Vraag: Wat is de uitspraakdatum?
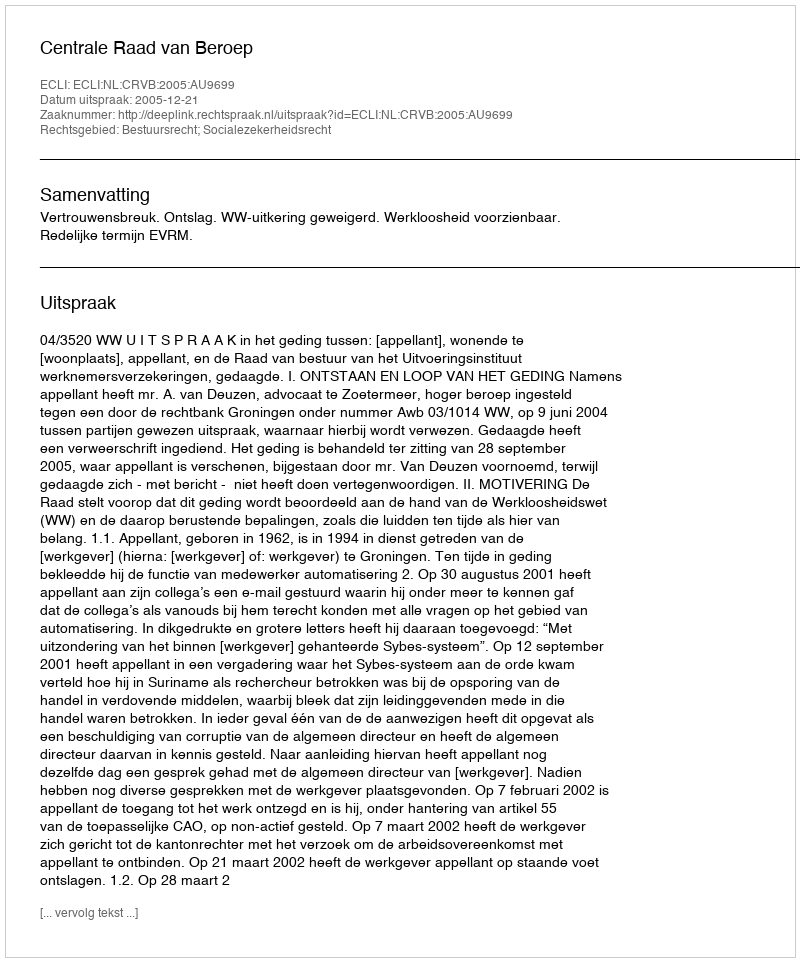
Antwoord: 2005-12-21